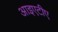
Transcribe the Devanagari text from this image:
आइएटीए